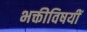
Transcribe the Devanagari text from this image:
भक्तीविषयीं